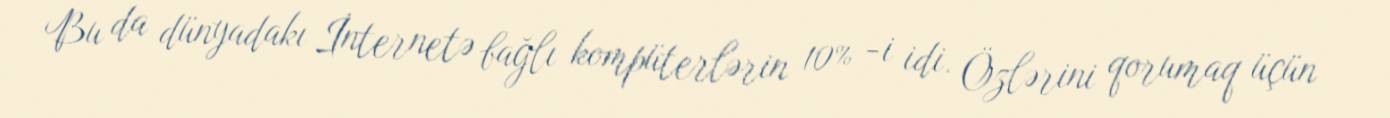
Bu da dünyadakı İnternetə bağlı kompüterlərin 10% -i idi. Özlərini qorumaq üçün